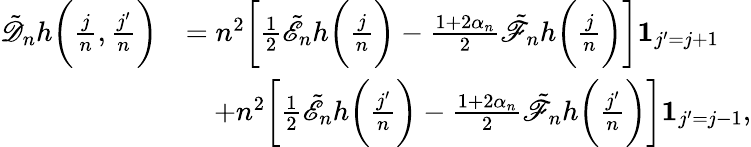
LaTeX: \begin{array}{rl}{\tilde{\mathscr{D}}_{n}h\bigg(\frac{j}{n},\frac{j^{\prime}}{n}\bigg)}&{=n^{2}\bigg[\frac{1}{2}\tilde{\mathscr{E}}_{n}h\bigg(\frac{j}{n}\bigg)-\frac{1+2\alpha_{n}}{2}\tilde{\mathscr{F}}_{n}h\bigg(\frac{j}{n}\bigg)\bigg]\mathbf{1}_{j^{\prime}=j+1}}\\ &{\quad+n^{2}\bigg[\frac{1}{2}\tilde{\mathscr{E}}_{n}h\bigg(\frac{j^{\prime}}{n}\bigg)-\frac{1+2\alpha_{n}}{2}\tilde{\mathscr{F}}_{n}h\bigg(\frac{j^{\prime}}{n}\bigg)\bigg]\mathbf{1}_{j^{\prime}=j-1},}\end{array}